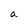
Character: a